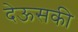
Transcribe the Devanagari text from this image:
देऊसकी